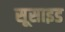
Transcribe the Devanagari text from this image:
सूसाइड